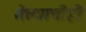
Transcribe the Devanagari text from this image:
गेल्याचीही